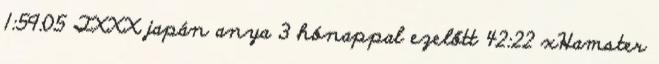
1:59:05 TXXX japán anya 3 hónappal ezelőtt 42:22 xHamster